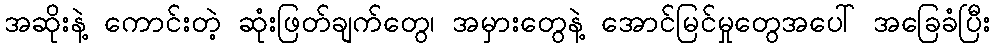
အဆိုးနဲ့ ကောင်းတဲ့ ဆုံးဖြတ်ချက်တွေ၊ အမှားတွေနဲ့ အောင်မြင်မှုတွေအပေါ် အခြေခံပြီး